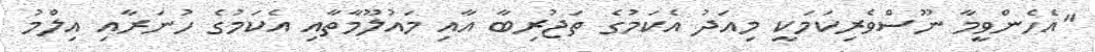
"އެހެންވީމާ ނޫސްވެރިކަމަކީ މިއަދު އެކަމުގެ ތަޖުރިބާ އާއި މައުލޫމާތާއި އެކަމުގެ ހުނަރާއި އިލްމު